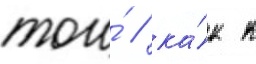
того́ / ка́к к